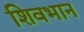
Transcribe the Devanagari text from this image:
शिवभान